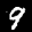
Label: 9